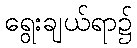
ရွေးချယ်ရာ၌